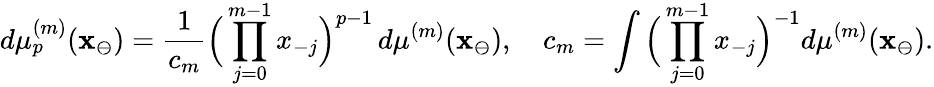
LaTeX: d\mu_{p}^{(m)}(\mathbf{x}_{\ominus})=\frac{1}{c_{m}}\Big(\prod_{j=0}^{m-1}x_{-j}\Big)^{p-1}\, d\mu^{(m)}(\mathbf{x}_{\ominus}),\quad c_{m}=\int\Big(\prod_{j=0}^{m-1}x_{-j}\Big)^{-1}d\mu^{(m)}(\mathbf{x}_{\ominus}).